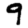
Digit: 9